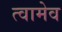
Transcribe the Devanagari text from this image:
त्वामेव